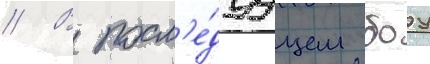
// В посл'е́дуущем боу